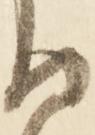
ろ